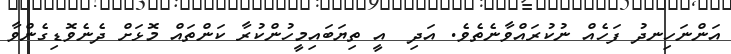
އަންނަހިނދު ފަހެއް ނުކުރައްވާނެތެވެ. އަދި  އީ ތިޔަބައިމީހުންކުރާ ކަންތައް މޮޅަށް ދެނެވޮޑިގެންވާ